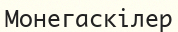
Монегаскілер